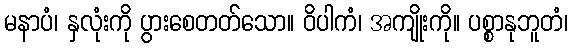
မနာပံ၊ နှလုံးကို ပွားစေတတ်သော။ ဝိပါကံ၊ အကျိုးကို။ ပစ္စာနုဘူတံ၊